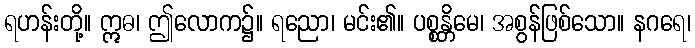
ရဟန်းတို့။ ဣဓ၊ ဤလောက၌။ ရညော၊ မင်း၏။ ပစ္စန္တိမေ၊ အစွန်ဖြစ်သော။ နဂရေ၊